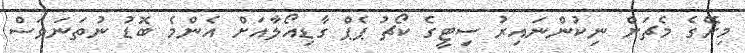
މިރޭގެ މެޗަށް ނިކުންނައިރު ސިޓީގެ ކޯޗު ޕެޕް ގާޑިއޯލާއަށް އެންމެ ބޮޑު ނުތަނަވަސް